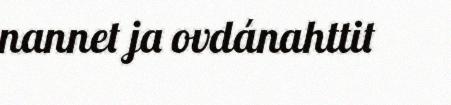
nannet ja ovdánahttit